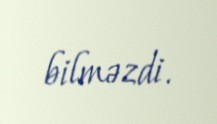
bilməzdi.